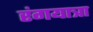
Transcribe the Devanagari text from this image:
रंगयात्रा